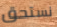
نستحق